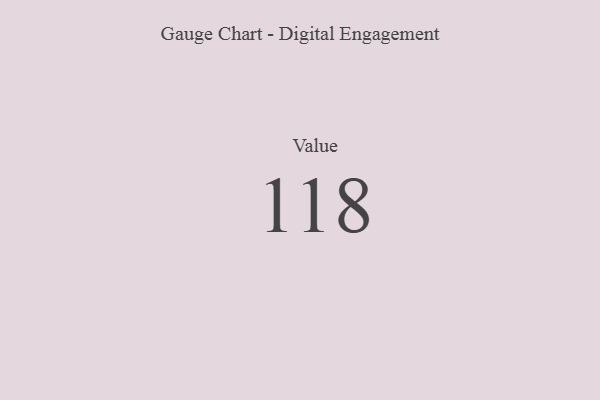
{"axis": {"x": "Metric", "y": "Value"}, "legend": [""], "data": [{"x": "Value", "y": 118, "type": ""}]}